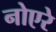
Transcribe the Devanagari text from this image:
नोएरे